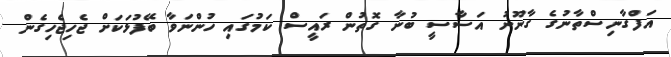
އަފްގާނިސްތާނުގެ ގާނޫނު އަސާސީ ބުނާ ގޮތުން ރައީސް ކަމުގައި ހުންނަވާ ބޭފުޅަކަށް ޖެހިޖެހިގެން